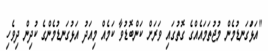
"އަޅުަގަނޑުމެން މުޖުތަމައެއްގެ ގޮތުގައި ވަރަށް ކަންބޮޑުވާ ކަމެއް މިއަދު އަޅުގަނޑުމެންގެ ކުދިން ދިވެހި